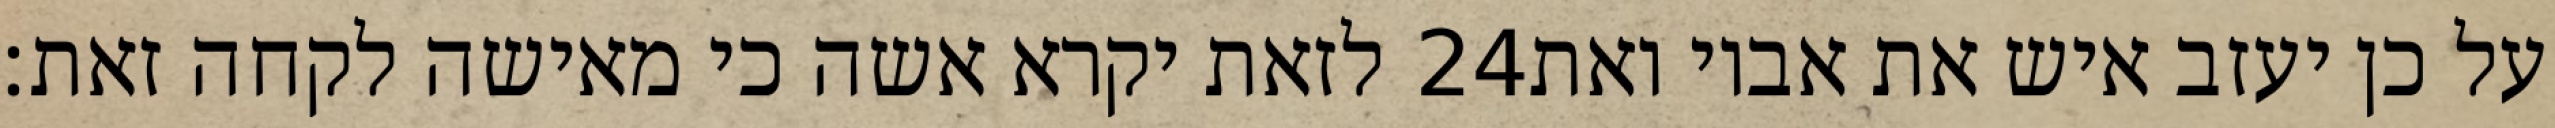
לזאת יקרא אשה כי מאישה לקחה זאת׃ ‎24‏ על כן יעזב איש את אביו ואת